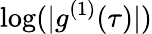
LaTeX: \log(|g^{(1)}(\tau)|)